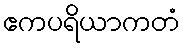
ဧကပရိယာကတံ